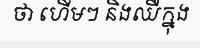
ថា ហើមៗ និងឈឺក្នុង